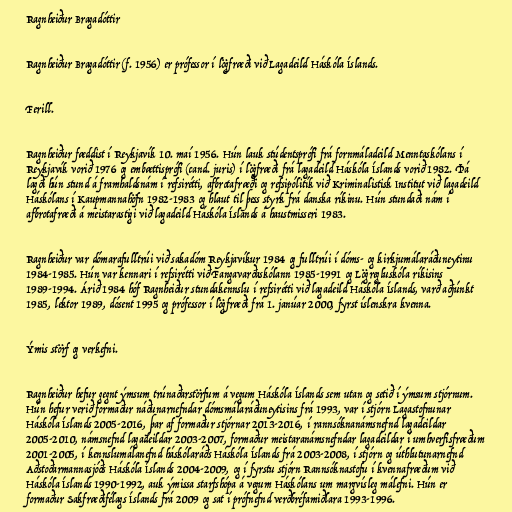
Ragnheiður Bragadóttir

Ragnheiður Bragadóttir (f. 1956) er prófessor í lögfræði við Lagadeild Háskóla Íslands.

Ferill.

Ragnheiður fæddist í Reykjavík 10. maí 1956. Hún lauk stúdentsprófi frá fornmáladeild Menntaskólans í
Reykjavík vorið 1976 og embættisprófi (cand. juris) í lögfræði frá lagadeild Háskóla Íslands vorið 1982. Þá
lagði hún stund á framhaldsnám í refsirétti, afbrotafræði og refsipólitík við Kriminalistisk Institut við lagadeild
Háskólans í Kaupmannahöfn 1982-1983 og hlaut til þess styrk frá danska ríkinu. Hún stundaði nám í
afbrotafræði á meistarastigi við lagadeild Háskóla Íslands á haustmisseri 1983.

Ragnheiður var dómarafulltrúi við sakadóm Reykjavíkur 1984 og fulltrúi í dóms- og kirkjumálaráðuneytinu
1984-1985. Hún var kennari í refsirétti við Fangavarðaskólann 1985-1991 og Lögregluskóla ríkisins
1989-1994. Árið 1984 hóf Ragnheiður stundakennslu í refsirétti við lagadeild Háskóla Íslands, varð aðjúnkt
1985, lektor 1989, dósent 1995 og prófessor í lögfræði frá 1. janúar 2000, fyrst íslenskra kvenna.

Ýmis störf og verkefni.

Ragnheiður hefur gegnt ýmsum trúnaðarstörfum á vegum Háskóla Íslands sem utan og setið í ýmsum stjórnum.
Hún hefur verið formaður náðunarnefndar dómsmálaráðuneytisins frá 1993, var í stjórn Lagastofnunar
Háskóla Íslands 2005-2016, þar af formaður stjórnar 2013-2016, í rannsóknanámsnefnd lagadeildar
2005-2010, námsnefnd lagadeildar 2003-2007, formaður meistaranámsnefndar lagadeildar í umhverfisfræðum
2001-2005, í kennslumálanefnd háskólaráðs Háskóla Íslands frá 2003-2008, í stjórn og úthlutunarnefnd
Aðstoðarmannasjóðs Háskóla Íslands 2004-2009, og í fyrstu stjórn Rannsóknastofu í kvennafræðum við
Háskóla Íslands 1990-1992, auk ýmissa starfshópa á vegum Háskólans um margvísleg málefni. Hún er
formaður Sakfræðifélags Íslands frá 2009 og sat í prófnefnd verðbréfamiðlara 1993-1996.